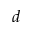
d